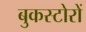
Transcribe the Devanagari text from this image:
बुकस्टोरों